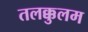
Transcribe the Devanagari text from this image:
तलक्कुलम